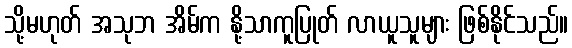
သို့မဟုတ် အသုဘ အိမ်က နို့သာကူပြုတ် လာယူသူများ ဖြစ်နိုင်သည်။